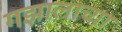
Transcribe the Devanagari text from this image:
गझालाच्या